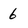
Character: 6